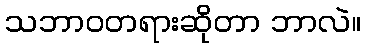
သဘာဝတရားဆိုတာ ဘာလဲ။